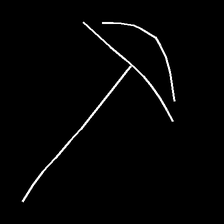
Glyph: dispersion